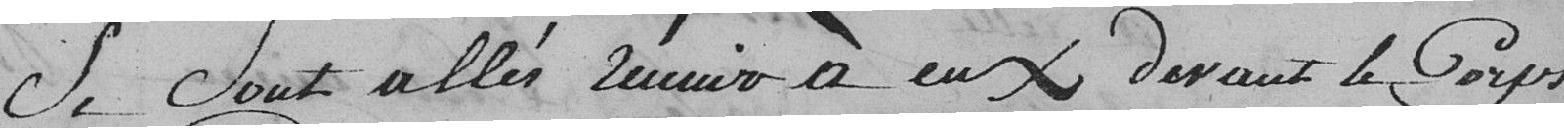
Se Sont allés réunir à eux devant le Corps